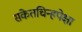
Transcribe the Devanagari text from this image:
संकेतचिन्हपेक्षा